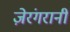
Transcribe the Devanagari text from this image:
ज़ेरंगरानी